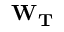
\mathbf { W } _ { \mathbf { T } }